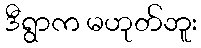
ဒီရွာက မဟုတ်ဘူး